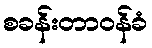
စခန်းတာဝန်ခံ